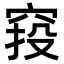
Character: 𥦆